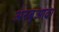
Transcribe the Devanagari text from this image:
अरबुआदा